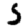
Digit: 5